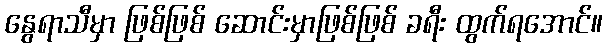
နွေရာသီမှာ ဖြစ်ဖြစ် ဆောင်းမှာဖြစ်ဖြစ် ခရီး ထွက်ရအောင်။